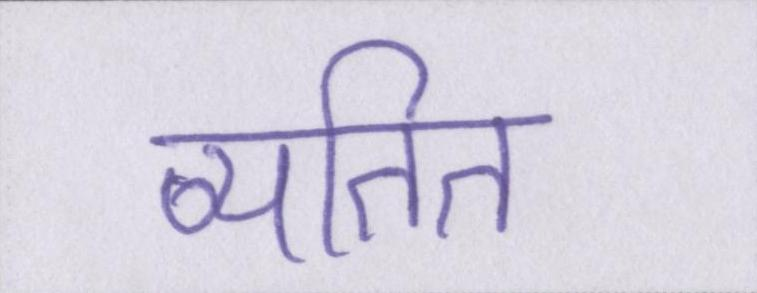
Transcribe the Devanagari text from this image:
व्यतित